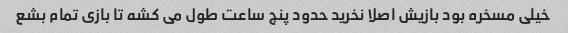
خیلی مسخره بود بازیش اصلا نخرید حدود پنج ساعت طول می کشه تا بازی تمام بشع